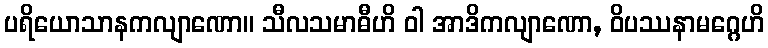
ပရိယောသာနကလျာဏော။ သီလသမာဓီဟိ ဝါ အာဒိကလျာဏော, ဝိပဿနာမဂ္ဂေဟိ